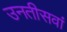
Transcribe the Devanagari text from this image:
उनतीसवां